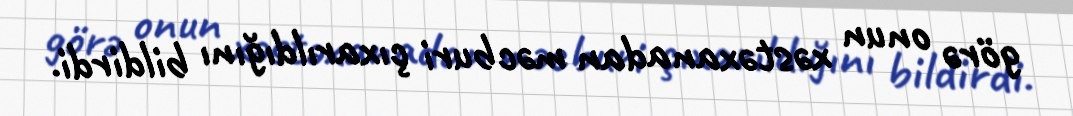
görə onun xəstəxanadan məcburi çıxarıldığını bildirdi.